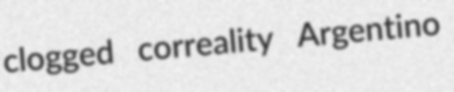
clogged correality Argentino